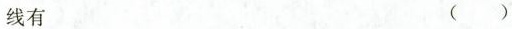
线有 ()